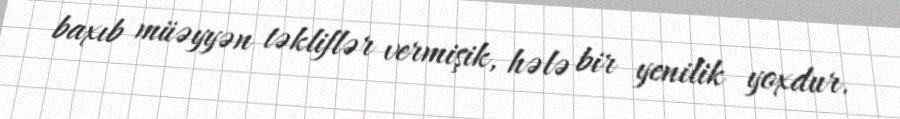
baxıb müəyyən təkliflər vermişik, hələ bir yenilik yoxdur.